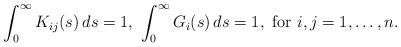
LaTeX: \begin{align*}\displaystyle{\int_0^{\infty} K_{ij}(s)\, ds=1, \ \int_0^\infty G_i(s)\, ds=1, \ \mbox{for} \ i,j=1,\ldots,n}.\end{align*}